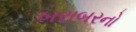
બરાબરનો